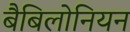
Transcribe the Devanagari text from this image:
बैबिलोनियन